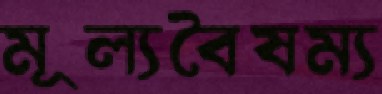
মূল্যবৈষম্য